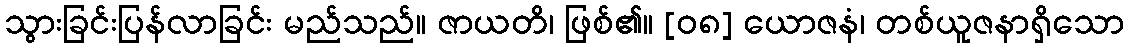
သွားခြင်းပြန်လာခြင်း မည်သည်။ ဇာယတိ၊ ဖြစ်၏။ [၀၈] ယောဇနံ၊ တစ်ယူဇနာရှိသော